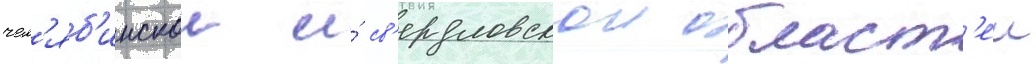
чел'яб'инскои и́ св'ердловскои област'еи